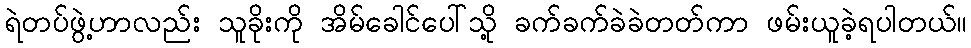
ရဲတပ်ဖွဲ့ဟာလည်း သူခိုးကို အိမ်ခေါင်ပေါ်သို့ ခက်ခက်ခဲခဲတတ်ကာ ဖမ်းယူခဲ့ရပါတယ်။